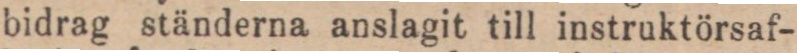
bidrag ständerna anslagit till instruktörsaf-